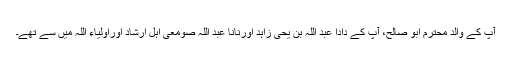
آپ کے والد محترم ابو صالح، آپ کے دادا عبد اللہ بن یحیٰ زاہد اورنانا عبد اللہ صومعی اہل ارشاد اوراولیاء اللہ میں سے تھے۔